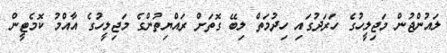
ލައުންޖުން މަޖިލީހުގެ ހަރަދުގައި ހިދުމަތް ލިބޭ ގޮތަަށް ރައްޔިތުންގެ މަޖިލީހުގެ އާއްމު ކޮމެޓީން